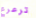
ترعرع